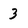
Character: 3